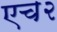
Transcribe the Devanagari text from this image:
एच२